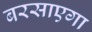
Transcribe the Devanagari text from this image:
बरसाएगा